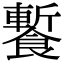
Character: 䭕